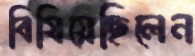
বিষিয়েছিলেন